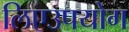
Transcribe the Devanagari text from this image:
लिएउपयोग